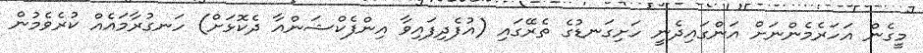
މީގެން އަހަރެމެންނަށް އަންގައިދެނީ ހަށިގަނޑުގެ ތެރޭގައި (އުފެދިފައިވާ އިންފެކްޝަންއާ ދެކޮޅަށް) ހަނގުރާމައެއް ކުރެވެމުން